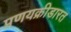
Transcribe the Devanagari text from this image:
प्रणयक्रीडारत